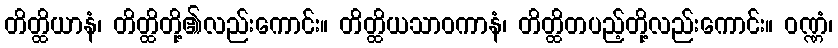
တိတ္ထိယာနံ၊ တိတ္ထိတို့၏လည်းကောင်း။ တိတ္ထိယသာဝကာနံ၊ တိတ္ထိတပည့်တို့လည်းကောင်း။ ဝဏ္ဏံ၊